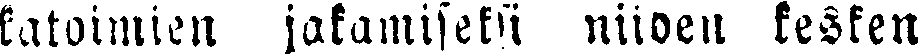
katoimien jakamiseksi niiden kesken